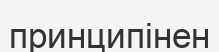
принципінен